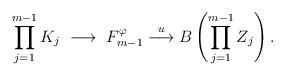
LaTeX: \begin{align*}\prod_{j=1}^{m-1} K_j~\longrightarrow~ F_{m-1}^{\varphi} \stackrel{u}{\longrightarrow} B\left(\prod_{j=1}^{m-1} Z_j \right).\end{align*}